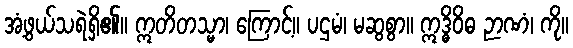
အံ့ဖွယ်သရဲရှိ၏။ ဣတိတသ္မာ၊ ကြောင့်။ ပဌမံ၊ မဆွစွာ။ ဣဒ္ဓိဝိဓ ဉာဏံ၊ ကို။